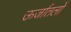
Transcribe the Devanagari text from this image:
ऊर्जातलों